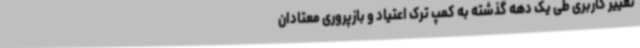
تغییر کاربری طی یک دهه گذشته به کمپ ترک اعتیاد و بازپروری معتادان